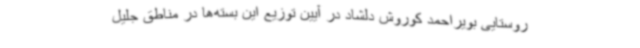
روستایی بویراحمد کوروش دلشاد در آیین توزیع این بسته‌ها در مناطق جلیل